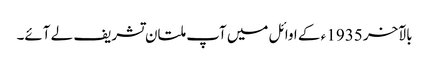
بالآخر 1935 ء کے اوائل میں آپ ملتان تشریف لے آئے۔